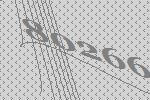
80266